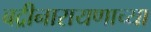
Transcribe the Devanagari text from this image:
बद्रीनारायणाच्या